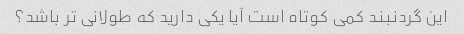
این گردنبند کمی کوتاه است آیا یکی دارید که طولانی تر باشد؟